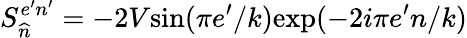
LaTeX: S_{\widehat{n}}^{e^{\prime}n^{\prime}}=-2V\mathrm{sin}(\pi e^{\prime}/k)\mathrm{exp}(-2i\pi e^{\prime}n/k)